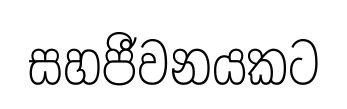
සහජීවනයකට